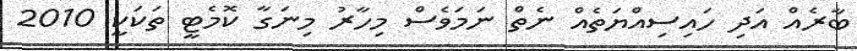
ބާރެއް އަދި ހައިސިއްޔަތެއް ނެތް ނަމަވެސް މިހާރު މިނަގާ ކޮމެޓީ ތަކަކީ 2010